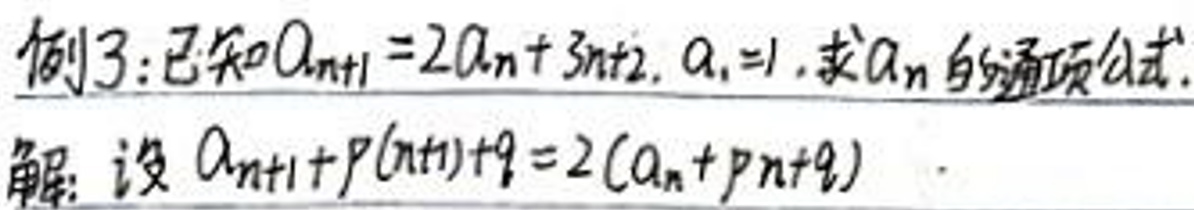
例3: 已知\(a_{n + 1}=2a_n+3n+2\)，\(a_1 = 1\)，求\(a_n\)的通项公式。

解：设\(a_{n + 1}+p(n+1)+q=2(a_n+pn+q)\)。